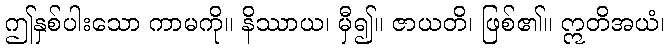
ဤနှစ်ပါးသော ကာမကို။ နိဿာယ၊ မှီ၍။ ဇာယတိ၊ ဖြစ်၏။ ဣတိအယံ၊